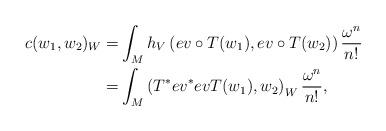
LaTeX: \begin{align*}c(w_1, w_2)_W=&\int_M h_V\left(ev \circ T(w_1), ev \circ T (w_2)\right) \frac{\omega^n}{n!} \\=&\int_M \left(T^{\ast}ev^{\ast}ev T(w_1), w_2\right)_W \frac{\omega^n}{n!}, \end{align*}